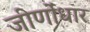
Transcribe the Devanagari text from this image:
जीर्णोंधार